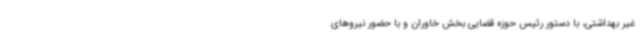
غیر بهداشتی، با دستور رئیس حوزه قضایی بخش خاوران و با حضور نیروهای